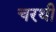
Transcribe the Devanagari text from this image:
चरथी